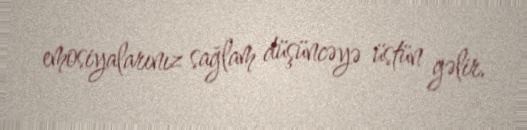
emosiyalarınız sağlam düşüncəyə üstün gəlir.